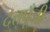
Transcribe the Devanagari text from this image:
दत्तपूँजी